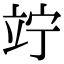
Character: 竚